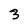
Character: 3